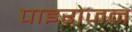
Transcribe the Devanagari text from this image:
पाइरोजन